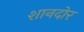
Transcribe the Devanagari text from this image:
शानदोर